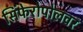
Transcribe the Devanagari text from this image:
सिंफेरोपोलवर